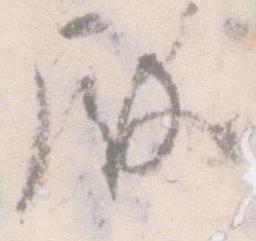
殿